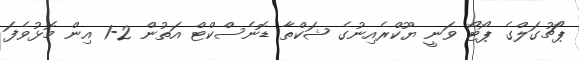
ޕޯޗުގަލްގެ ޕޯޓޯ ވަނީ ޔޫކްރެއިނުގެ ޝަކްތާ ޑޮނެސްކްޓް އަތުން 2-1 އިން މޮޅުވެފަ